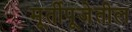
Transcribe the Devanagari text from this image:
मूर्तीपूजेतील